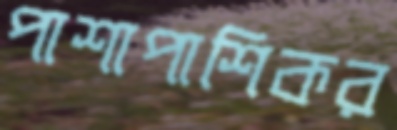
পাশাপাশিকর